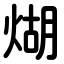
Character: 煳